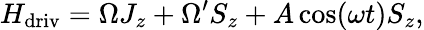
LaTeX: H_{\mathrm{driv}}=\Omega J_{z}+\Omega^{\prime}S_{z}+A\cos(\omega t)S_{z},